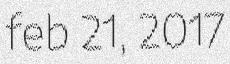
feb 21, 2017